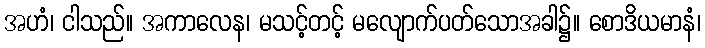
အဟံ၊ ငါသည်။ အကာလေန၊ မသင့်တင့် မလျောက်ပတ်သောအခါ၌။ စောဒိယမာနံ၊